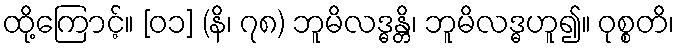
ထို့ကြောင့်။ [၀၁] (နိ၊ ၇၈) ဘူမိလဒ္ဓန္တိ၊ ဘူမိလဒ္ဓဟူ၍။ ဝုစ္စတိ၊